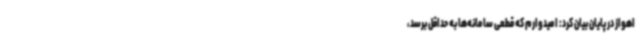
اهواز در پایان بیان کرد: امیدوارم که قطعی سامانه‌ها به حداقل برسد،